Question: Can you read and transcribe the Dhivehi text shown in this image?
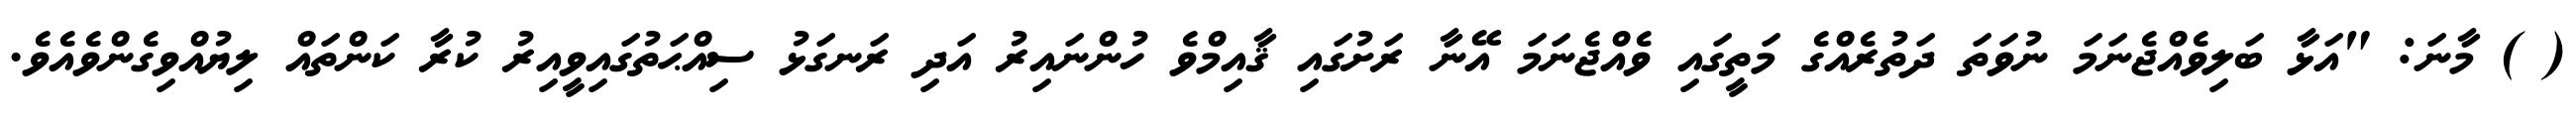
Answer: ( ) މާނަ: "އަޅާ ބަލިވެއްޖެނަމަ ނުވަތަ ދަތުރެއްގެ މަތީގައި ވެއްޖެނަމަ އޭނާ ރަށުގައި ޤާއިމްވެ ހުންނައިރު އަދި ރަނގަޅު ސިއްޙަތުގައިވީއިރު ކުރާ ކަންތައް ލިޔުއްވިގެންވެއެވެ.